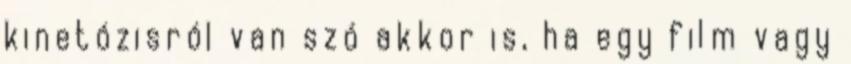
kinetózisról van szó akkor is, ha egy film vagy